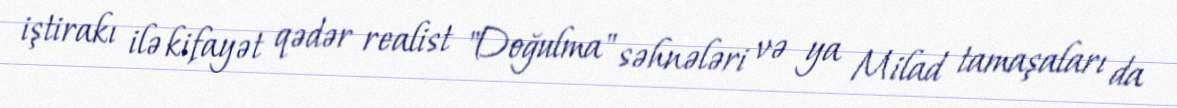
iştirakı ilə kifayət qədər realist "Doğulma" səhnələri və ya Milad tamaşaları da